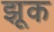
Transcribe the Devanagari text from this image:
झूक